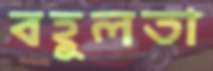
বহূলতা